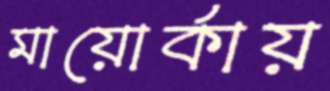
মায়োর্কায়